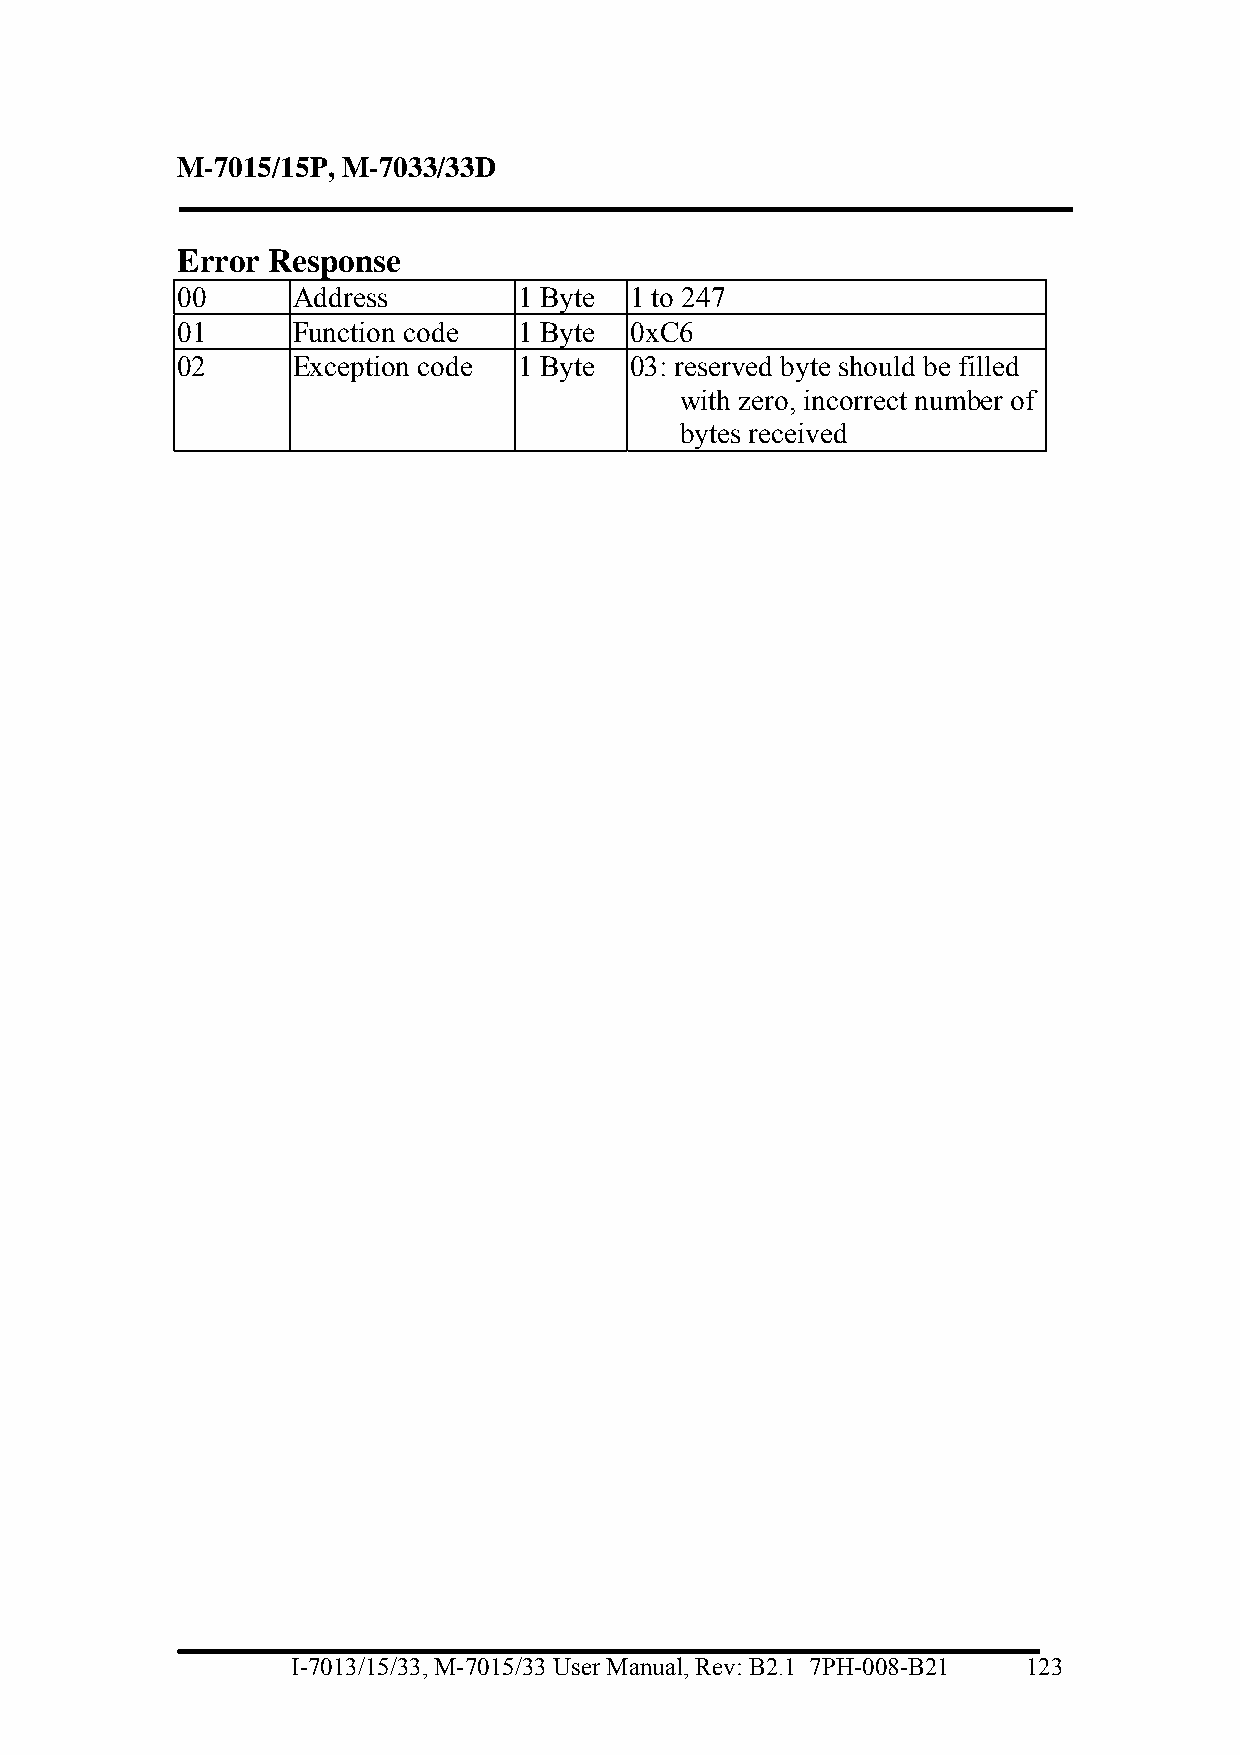
M-7015/15P, M-7033/33D
 Error Response
 00     Address        1 Byte  1 to 247
 01     Function code  1 Byte  0xC6
 02     Exception code 1 Byte  03: reserved byte should be filled
 with zero, incorrect number of
 bytes received
 I-7013/15/33, M-7015/33 User Manual, Rev: B2.1 7PH-008-B21 123